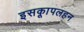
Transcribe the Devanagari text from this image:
इसकाूपलहन